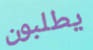
يطلبون